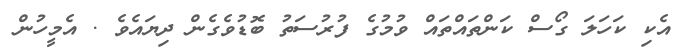
އެކި ކަހަލަ ގޯސް ކަންތައްތައް ވުމުގެ ފުރުސަތު ބޮޑުވެގެން ދިޔައެވެ . އެމީހުން